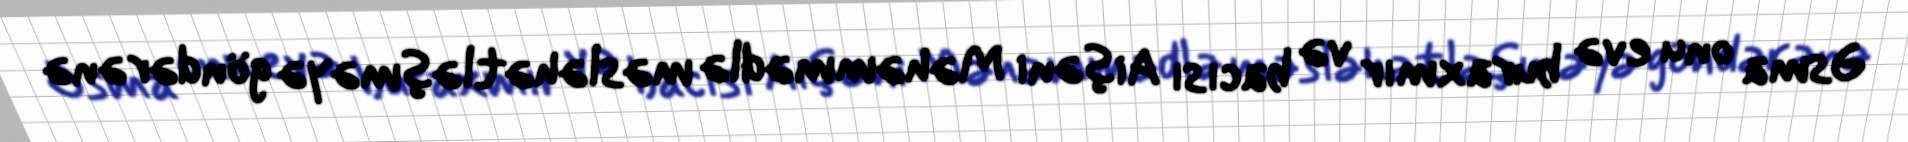
Əsma onu evə buraxmır və bacısı Aişəni Məhəmmədlə məsləhətləşməyə göndərənə